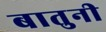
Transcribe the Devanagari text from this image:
बातुनी